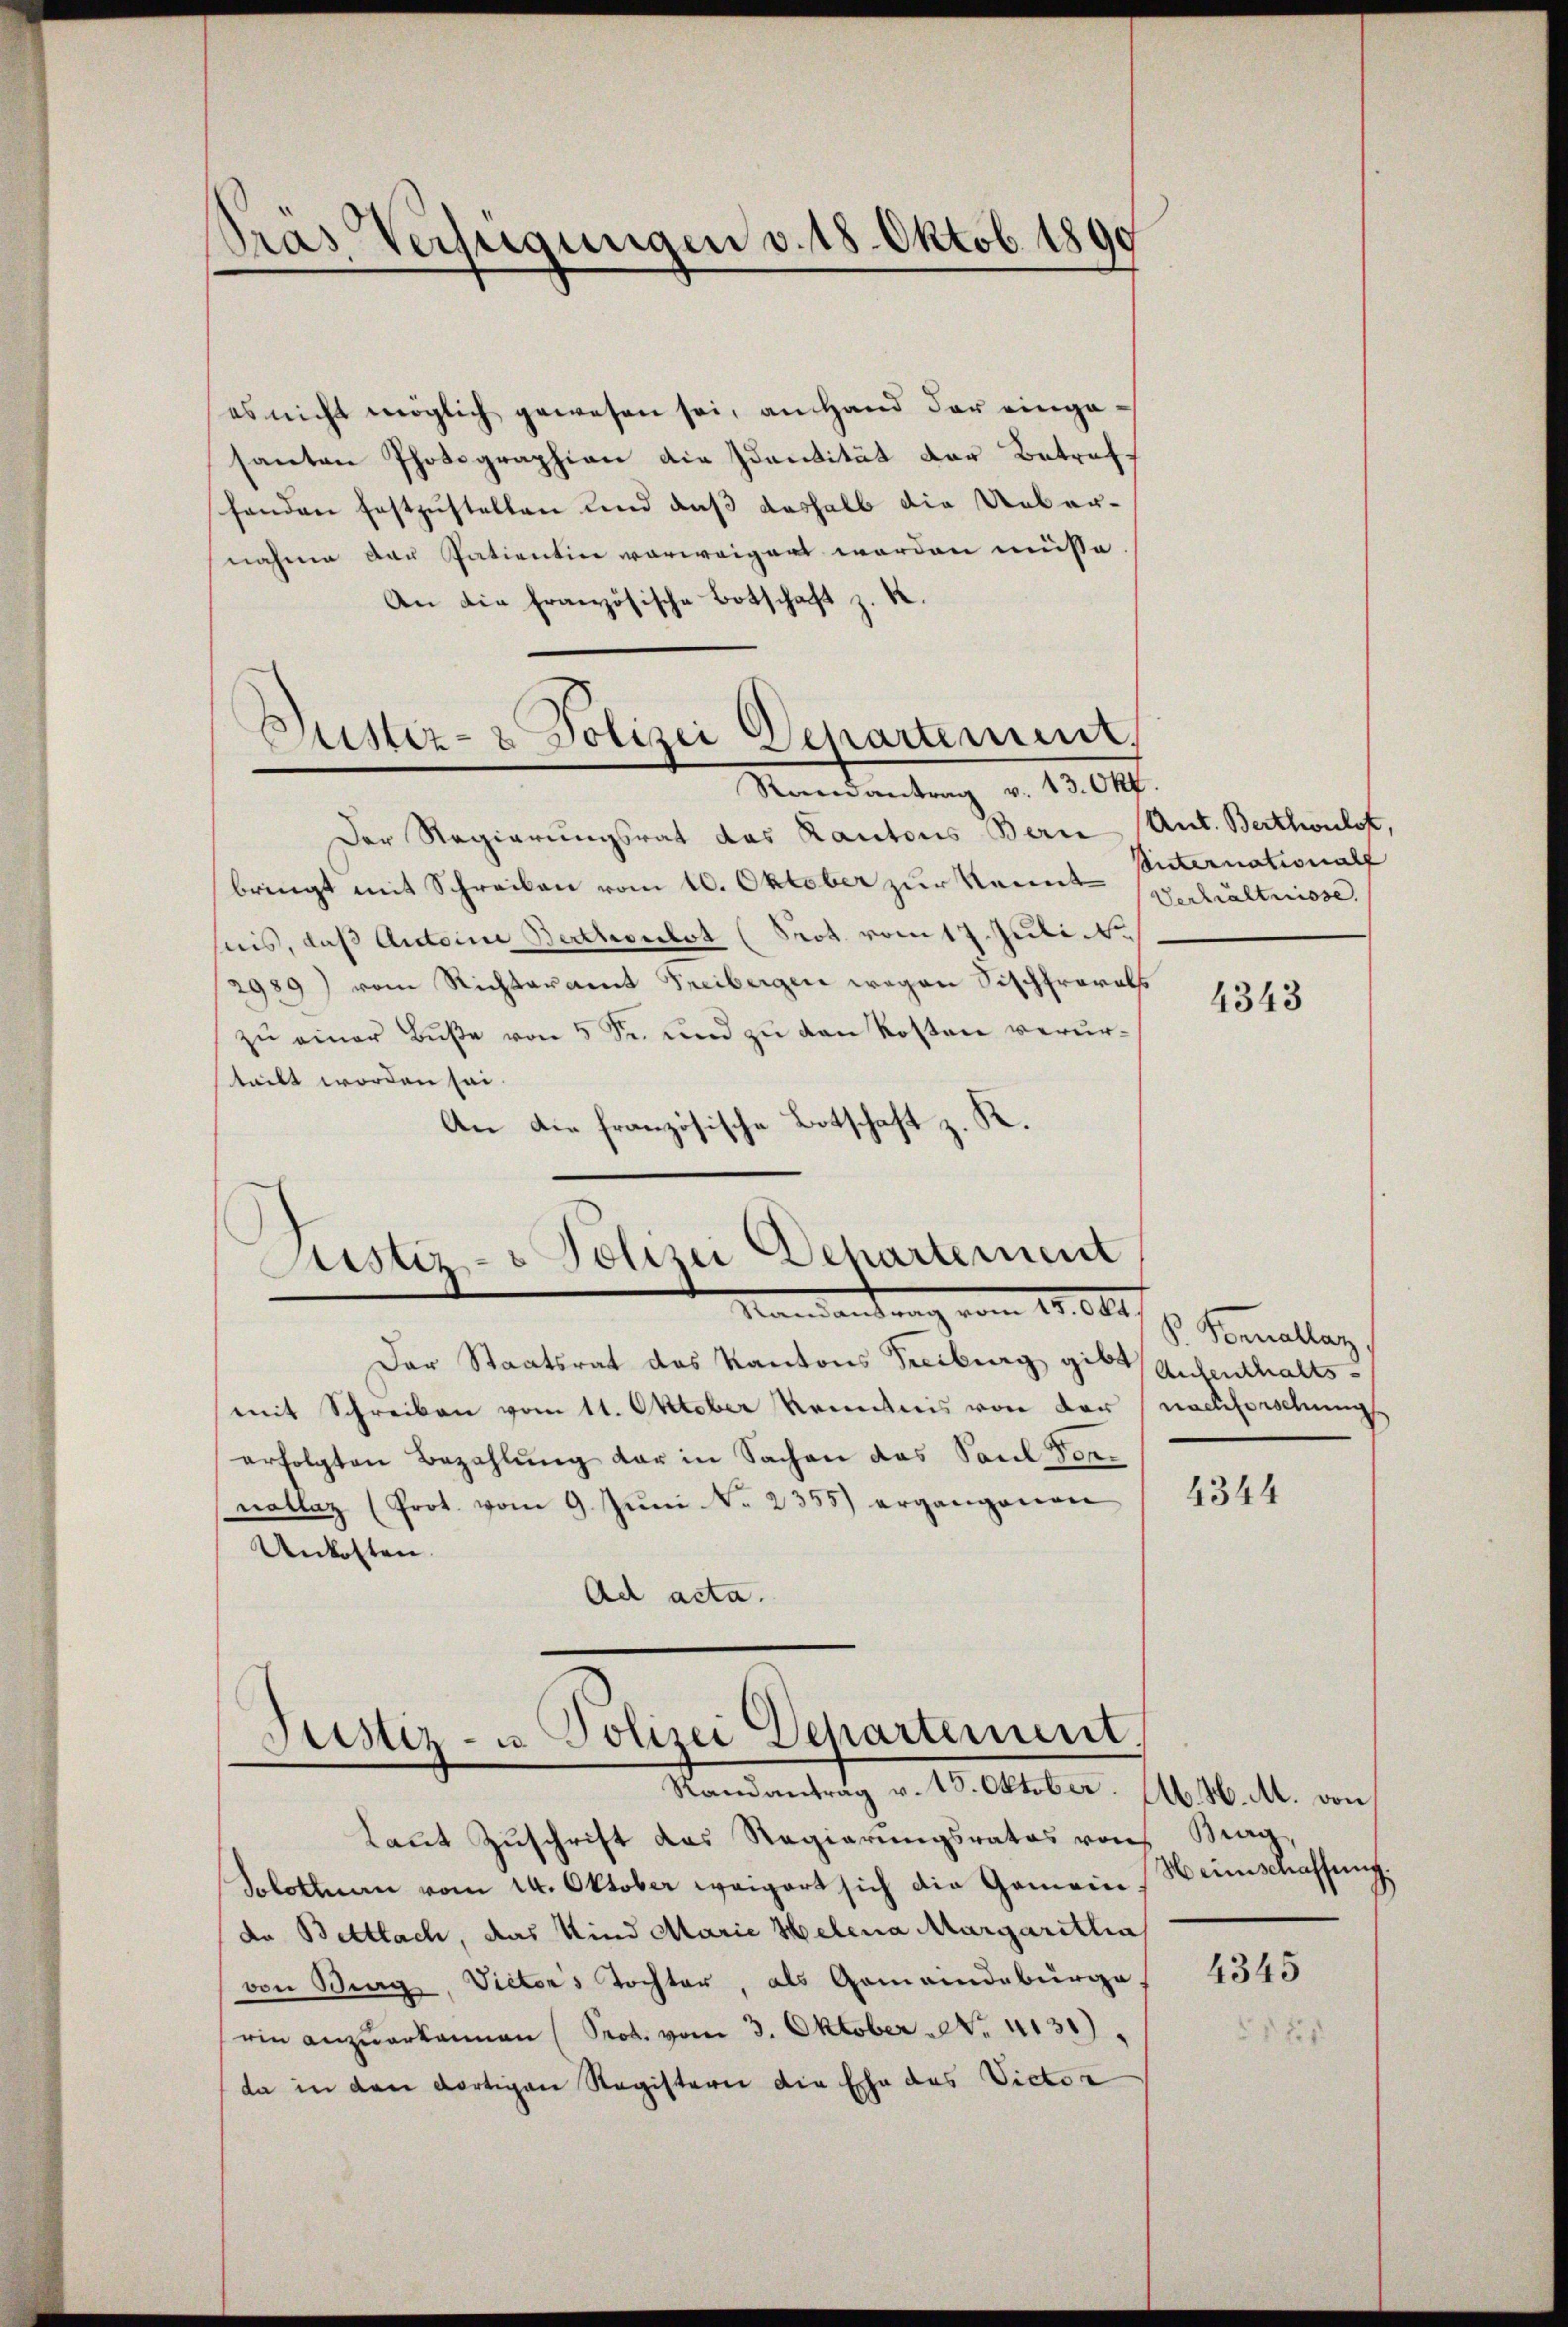
Oras Verfügungen v. 18. Oktob. 1890

es nicht möglich gewesen sei, an Hand der eingesanten Photographien die Identität der Betreff
handen festzustellen und daß deshalb die Uebernahme der Patientin vorweigert worden müsse.
An die französische Botschaft z. R.
Randantrag v. 13. Okt.
Der Regierungsrat das Kantons Bern Ant. Berthoulst,
bringt mit Schreiben vom 10. Oktober zur Kennt Behältnisse.
hiis, daß Antoine Berthorbot (Prot. vom 17. Juli
2989) vom Richteramt Freibergen wegen Fischfrorabs
zŭ einer Bŭβe von 5 Fr. und zu den Kosten verurteilt worden sei.
An die französische Botschaft z. K.
Justiz- & Polizei Departement
Mailandung vom 19. 644.
Der Staatsrat des Kantons Freiburg gibt Aufenthaltsmit Schreiben vom 11. Oktober kenntnis von der
erfolgten Bezahlung der in Sachen das Saul Vornollaz (Prot. vom 9. Jŭni N. 2355) ergangenen
Unkosten.
Ad acta.

Rustiz- & Polizei Departement,

Justiz- u. Polizei Departement.
Randantrag v. 18. Oktober.

kaut Zuschrift das Regierungsrates von
Solothurn vom 14. Oktober weigert sich die Gemein Heimschaffung.
de Bettlach, das Kind Marie Helena Margaritha
von Burg, Victors Tochter, als Gemeindebürge
rin anzuerkannen (Prot. vom 3. Oktober No. 4130)
da in den dortigen Registerii die Ehe des Victor

Suternationalf

4343

V. Sonnellaz
nachforschung

4344

Ab. H. M. von
Brag,

4345